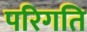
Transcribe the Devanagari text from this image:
परिगति